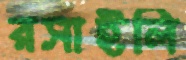
রসাইলি